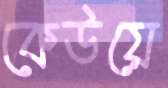
কেউয়ে